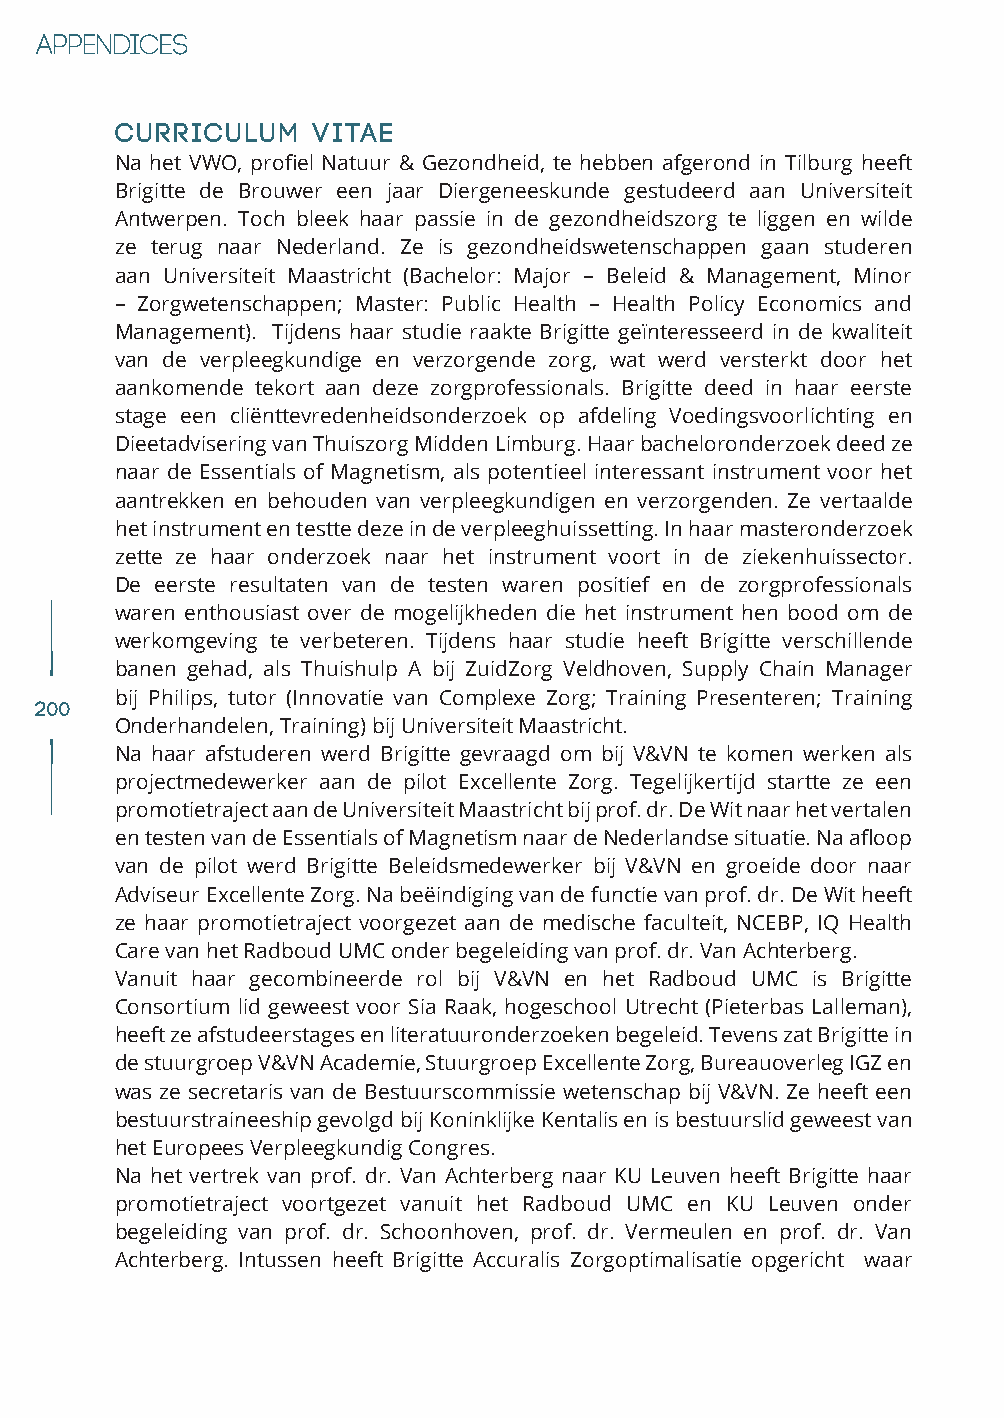
Curriculum   vitae
 Na het VWO, profiel Natuur & Gezondheid, te hebben afgerond in Tilburg heeft
 Brigitte de Brouwer een jaar Diergeneeskunde gestudeerd aan Universiteit
 Antwerpen. Toch bleek haar passie in de gezondheidszorg te liggen en wilde
 ze terug naar Nederland. Ze is gezondheidswetenschappen gaan studeren
 aan Universiteit Maastricht (Bachelor: Major – Beleid & Management, Minor
 – Zorgwetenschappen; Master: Public Health – Health Policy Economics and
 Management). Tijdens haar studie raakte Brigitte geïnteresseerd in de kwaliteit
 van de verpleegkundige en verzorgende zorg, wat werd versterkt door het
 aankomende tekort aan deze zorgprofessionals. Brigitte deed in haar eerste
 stage een cliënttevredenheidsonderzoek op afdeling Voedingsvoorlichting en
 Dieetadvisering van Thuiszorg Midden Limburg. Haar bacheloronderzoek deed ze
 naar de Essentials of Magnetism, als potentieel interessant instrument voor het
 aantrekken en behouden van verpleegkundigen en verzorgenden. Ze vertaalde
 het instrument en testte deze in de verpleeghuissetting. In haar masteronderzoek
 zette ze haar onderzoek naar het instrument voort in de ziekenhuissector.
 De eerste resultaten van de testen waren positief en de zorgprofessionals
 waren enthousiast over de mogelijkheden die het instrument hen bood om de
 werkomgeving te verbeteren. Tijdens haar studie heeft Brigitte verschillende
 banen gehad, als Thuishulp A bij ZuidZorg Veldhoven, Supply Chain Manager
 bij Philips, tutor (Innovatie van Complexe Zorg; Training Presenteren; Training
 200
 Onderhandelen, Training) bij Universiteit Maastricht.
 Na haar afstuderen werd Brigitte gevraagd om bij V&VN te komen werken als
 projectmedewerker aan de pilot Excellente Zorg. Tegelijkertijd startte ze een
 promotietraject aan de Universiteit Maastricht bij prof. dr. De Wit naar het vertalen
 en testen van de Essentials of Magnetism naar de Nederlandse situatie. Na afloop
 van de pilot werd Brigitte Beleidsmedewerker bij V&VN en groeide door naar
 Adviseur Excellente Zorg. Na beëindiging van de functie van prof. dr. De Wit heeft
 ze haar promotietraject voorgezet aan de medische faculteit, NCEBP, IQ Health
 Care van het Radboud UMC onder begeleiding van prof. dr. Van Achterberg.
 Vanuit haar gecombineerde rol bij V&VN en het Radboud UMC is Brigitte
 Consortium lid geweest voor Sia Raak, hogeschool Utrecht (Pieterbas Lalleman),
 heeft ze afstudeerstages en literatuuronderzoeken begeleid. Tevens zat Brigitte in
 de stuurgroep V&VN Academie, Stuurgroep Excellente Zorg, Bureauoverleg IGZ en
 was ze secretaris van de Bestuurscommissie wetenschap bij V&VN. Ze heeft een
 bestuurstraineeship gevolgd bij Koninklijke Kentalis en is bestuurslid geweest van
 het Europees Verpleegkundig Congres.
 Na het vertrek van prof. dr. Van Achterberg naar KU Leuven heeft Brigitte haar
 promotietraject voortgezet vanuit het Radboud UMC en KU Leuven onder
 begeleiding van prof. dr. Schoonhoven, prof. dr. Vermeulen en prof. dr. Van
 Achterberg. Intussen heeft Brigitte Accuralis Zorgoptimalisatie opgericht waar